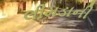
લીમડાની